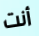
أنت